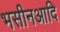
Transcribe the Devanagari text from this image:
भसीनआदि